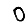
Digit: 0